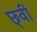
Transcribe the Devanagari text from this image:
छ्वी